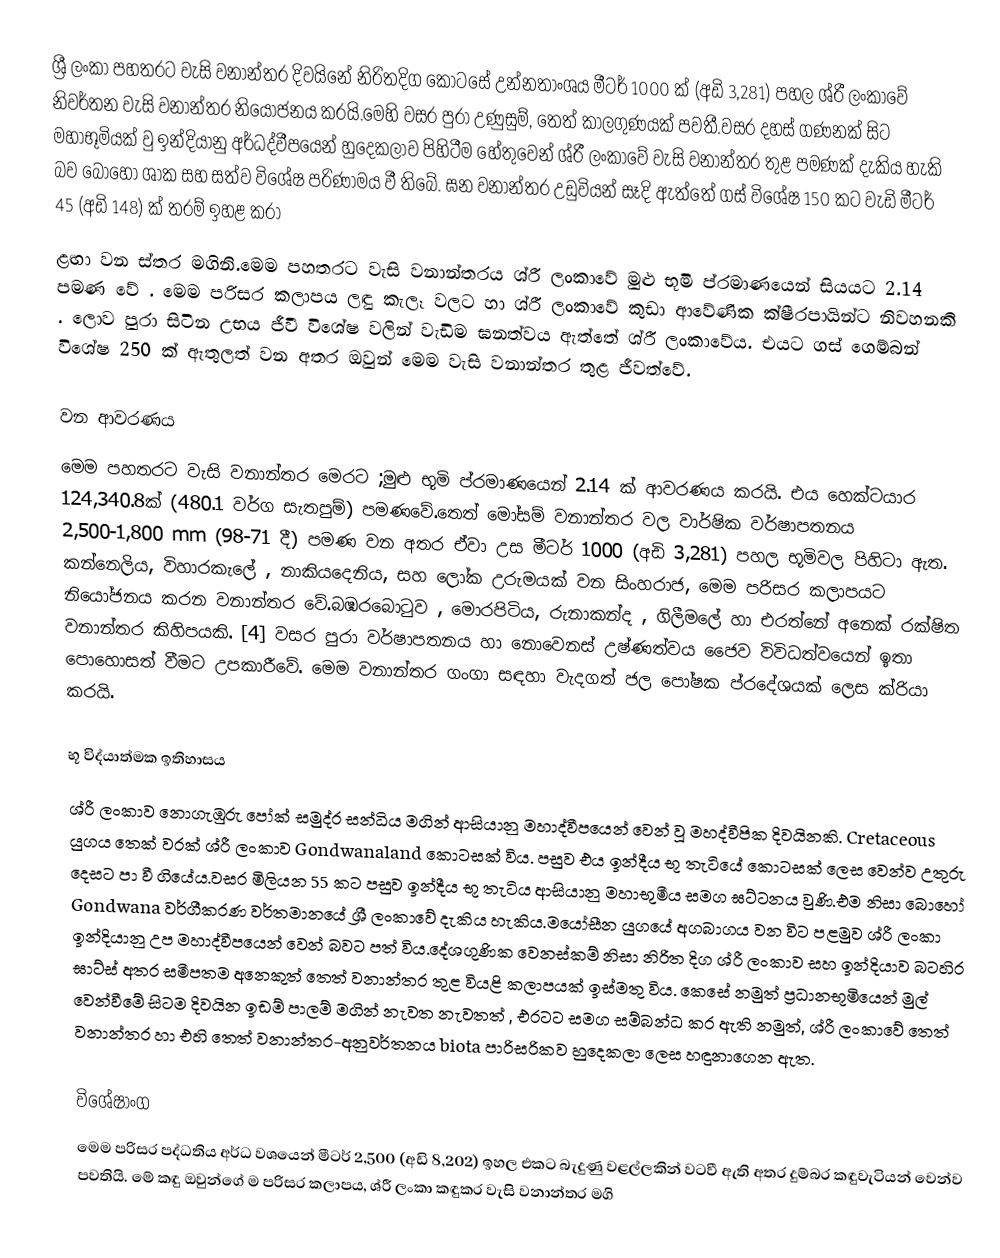
ශ්‍රී  ලංකා පහතරට වැසි වනාන්තර දිවයිනේ නිරිතදිග කොටසේ උන්නතාංශය මීටර් 1000 ක් (අඩි 3,281) පහල  ශ්රී ලංකාවේ නිවර්තන වැසි වනාන්තර නියෝජනය කරයි.මෙහි  වසර පුරා උණුසුම්, තෙත් කාලගුණයක් පවතී.වසර දහස් ගණනක් සිට මහාභූමියක් වු  ඉන්දියානු  අර්ධද්වීපයෙන් හුදෙකලාව පිහිටීම හේතුවෙන් ශ්රී ලංකාවේ වැසි වනාන්තර තුළ පමණක් දැකිය හැකි බව බොහෝ ශාක සහ සත්ව විශේෂ පරිණාමය වී තිබේ. ඝන වනාන්තර උඩුවියන් සෑදි  ඇත්තේ ගස් විශේෂ  150 කට වැඩි මීටර් 45 (අඩි 148) ක් තරම් ඉහළ කරා
ළඟා වන ස්තර මගිනි.මෙම පහතරට වැසි වනාන්තරය ශ්රී ලංකාවේ මුළු භූමි ප්රමාණයෙන් සියයට 2.14 පමණ වේ . මෙම පරිසර කලාපය ලඳු කැලෑ වලට හා ශ්රී ලංකාවේ  කුඩා ආවේණික ක්ෂීරපායින්ට නිවහනකි . ලොව පුරා සිටින උභය ජීවී විශේෂ වලින් වැඩිම ඝනත්වය ඇත්තේ  ශ්රී ලංකාවේය. එයට ගස් ගෙම්බන් විශේෂ 250 ක් ඇතුලත් වන අතර  ඔවුන් මෙම වැසි වනාන්තර තුළ ජීවත්වේ.

වන ආවරණය
මෙම පහතරට වැසි වනාන්තර මෙරට ;මුළු භූමි ප්රමාණයෙන් 2.14 ක් ආවරණය කරයි. එය  හෙක්ටයාර  124,340.8ක්  (480.1 වර්ග සැතපුම්) පමණවේ.තෙත් මෝසම් වනාන්තර වල  වාර්ෂික වර්ෂාපතනය 2,500-1,800 mm (98-71 දී) පමණ වන අතර ඒවා  උස මීටර් 1000 (අඩි 3,281)  පහල භූමිවල පිහිටා ඇත. කන්නෙලිය, විහාරකැලේ , නාකියදෙනිය, සහ ලෝක උරුමයක් වන සිංහරාජ, මෙම පරිසර කලාපයට නියෝජනය කරන වනාන්තර වේ.බඹරබොටුව , මොරපිටිය,  රුනාකන්ද , ගිලීමලේ හා එරත්නේ  අනෙක් රක්ෂිත වනාන්තර කිහිපයකි. [4] වසර පුරා වර්ෂාපතනය  හා නොවෙනස් උෂ්ණත්වය ජෛව විවිධත්වයෙන් ඉතා පොහොසත් වීමට උපකාරීවේ. මෙම වනාන්තර  ගංගා සඳහා වැදගත් ජල පෝෂක ප්රදේශයක් ලෙස ක්රියා කරයි.

භූ විද්යාත්මක ඉතිහාසය
ශ්රී ලංකාව නොගැඹුරු පෝක් සමුද්ර සන්ධිය මගින් ආසියානු මහාද්වීපයෙන්  වෙන් වූ මහද්වීපික දිවයිනකි. Cretaceous යුගය තෙක් වරක් ශ්රී ලංකාව Gondwanaland කොටසක් විය. පසුව එය ඉන්දීය  භූ තැටියේ කොටසක් ලෙස  වෙන්ව උතුරු දෙසට පා වී ගියේය.වසර මිලියන 55 කට පසුව ඉන්දීය භූ තැටිය ආසියානු මහාභුමීය සමග ඝට්ටනය වුණි.එම නිසා බොහෝ  Gondwana වර්ගීකරණ වර්තමානයේ  ශ්‍රී ලංකාවේ දැකිය හැකිය.මයෝසීන යුගයේ අගබාගය වන විට පළමුව ශ්රී ලංකා  ඉන්දියානු උප මහාද්වීපයෙන් වෙන් බවට පත් විය.දේශගුණික වෙනස්කම් නිසා  නිරිත දිග ශ්රී ලංකාව සහ ඉන්දියාව බටහිර ඝාට්ස් අතර  සමීපතම අනෙකුත් තෙත් වනාන්තර තුළ  වියළි කලාපයක් ඉස්මතු විය. කෙසේ නමුත් ප්‍රධානභූමියෙන් මුල් වෙන්වීමේ සිටම  දිවයින   ඉඩම් පාලම් මගින් නැවත නැවතත් , එරටට සමග සම්බන්ධ කර ඇති නමුත්, ශ්රී ලංකාවේ තෙත් වනාන්තර හා එහි තෙත් වනාන්තර-අනුවර්තනය biota පාරිසරිකව හුදෙකලා ලෙස හඳුනාගෙන ඇත.

විශේෂාංග
මෙම පරිසර පද්ධතිය අර්ධ  වශයෙන් මීටර් 2,500 (අඩි 8,202) ඉහල එකට බැදුණු වළල්ලකින් වටවී ඇති අතර දුම්බර කඳුවැටියන්  වෙන්ව පවතියි.  මේ කඳු ඔවුන්ගේ ම පරිසර කලාපය, ශ්රී ලංකා කඳුකර වැසි වනාන්තර මගි